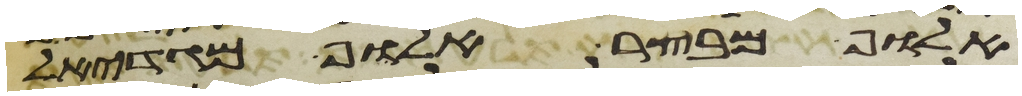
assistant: אלוף מבצר אלוף מגדאל